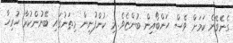
ގެނެވޭނެ ކަމަށް ވެސް ހަންބޯއިން ބުންޏެވެ. މި ކުންފުނިން މިތަނުގައި ބޭނުންކުރާ ހުރިހާ